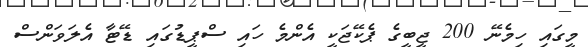
މީގައި ހިމެނޭ 200 ޖީބީގެ ޕެކޭޖަކީ އެންމެ ހައި ސްޕީޑުގައި ޑޭޓާ އެލަވަންސް